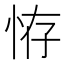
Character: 𢙨